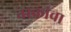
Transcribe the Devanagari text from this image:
नस्कांचा